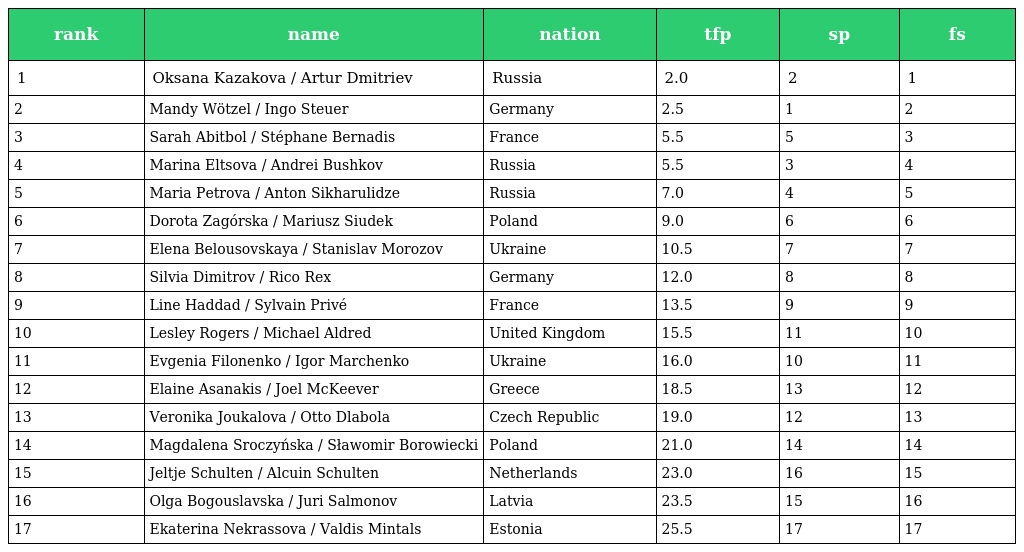
| rank | name | nation | tfp | sp | fs |
 | --- | --- | --- | --- | --- | --- |
 | 1 | Oksana Kazakova / Artur Dmitriev | Russia | 2.0 | 2 | 1 |
 | 2 | Mandy Wötzel / Ingo Steuer | Germany | 2.5 | 1 | 2 |
 | 3 | Sarah Abitbol / Stéphane Bernadis | France | 5.5 | 5 | 3 |
 | 4 | Marina Eltsova / Andrei Bushkov | Russia | 5.5 | 3 | 4 |
 | 5 | Maria Petrova / Anton Sikharulidze | Russia | 7.0 | 4 | 5 |
 | 6 | Dorota Zagórska / Mariusz Siudek | Poland | 9.0 | 6 | 6 |
 | 7 | Elena Belousovskaya / Stanislav Morozov | Ukraine | 10.5 | 7 | 7 |
 | 8 | Silvia Dimitrov / Rico Rex | Germany | 12.0 | 8 | 8 |
 | 9 | Line Haddad / Sylvain Privé | France | 13.5 | 9 | 9 |
 | 10 | Lesley Rogers / Michael Aldred | United Kingdom | 15.5 | 11 | 10 |
 | 11 | Evgenia Filonenko / Igor Marchenko | Ukraine | 16.0 | 10 | 11 |
 | 12 | Elaine Asanakis / Joel McKeever | Greece | 18.5 | 13 | 12 |
 | 13 | Veronika Joukalova / Otto Dlabola | Czech Republic | 19.0 | 12 | 13 |
 | 14 | Magdalena Sroczyńska / Sławomir Borowiecki | Poland | 21.0 | 14 | 14 |
 | 15 | Jeltje Schulten / Alcuin Schulten | Netherlands | 23.0 | 16 | 15 |
 | 16 | Olga Bogouslavska / Juri Salmonov | Latvia | 23.5 | 15 | 16 |
 | 17 | Ekaterina Nekrassova / Valdis Mintals | Estonia | 25.5 | 17 | 17 |